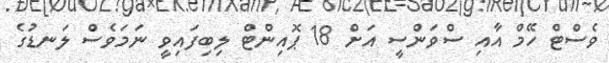
ވެސްޓް ހޭމް އާއި ސްވަންސީ އަށް 18 ޕޮއިންޓް ލިބިފައިވީ ނަމަވެސް ލަނޑުގެ